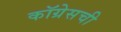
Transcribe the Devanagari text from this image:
कॉग्रेसची